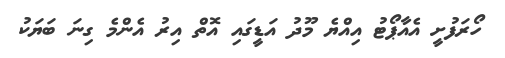
ހޯރަފުށީ އެއާޕޯޓު އިއްޔެ މޫދު އަޑީގައި އޮތް އިރު އެންމެ ގިނަ ބަޔަކު